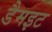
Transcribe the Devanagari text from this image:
डैमइट